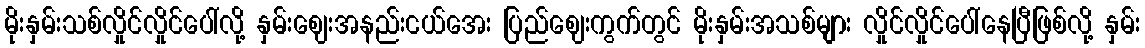
မိုးနှမ်းသစ်လှိုင်လှိုင်ပေါ်လို့ နှမ်းဈေးအနည်းငယ်အေး ပြည်ဈေးကွက်တွင် မိုးနှမ်းအသစ်များ လှိုင်လှိုင်ပေါ်နေပြီဖြစ်လို့ နှမ်း